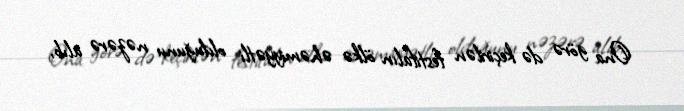
Ona görə də keçirilən festifalın ölkə əhəmiyyətli olduğunu nəzərə alıb,